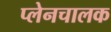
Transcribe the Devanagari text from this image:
प्लेनचालक